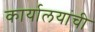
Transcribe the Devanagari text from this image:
कार्यालयांची